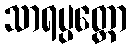
သာရပ္ပတ္တော